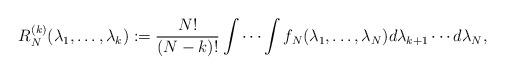
LaTeX: \begin{align*} R_{N}^{(k)}(\lambda_1, \ldots, \lambda_k):=\frac{N!}{(N-k)!} \int \cdots \int f_{N}(\lambda_1, \ldots, \lambda_N) d\lambda_{k+1} \cdots d\lambda_{N}, \end{align*}